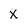
Character: x